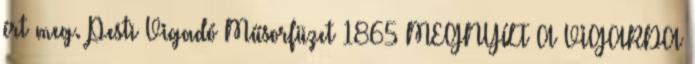
ért meg. Pesti Vigadó Műsorfüzet 1865 MEGNYÍLT A VIGARDA